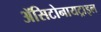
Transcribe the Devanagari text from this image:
ॲसिटोनायट्राइल